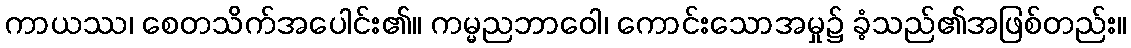
ကာယဿ၊ စေတသိက်အပေါင်း၏။ ကမ္မညဘာဝေါ၊ ကောင်းသောအမှု၌ ခံ့သည်၏အဖြစ်တည်း။